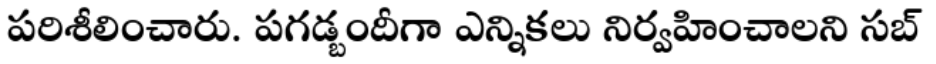
పరిశీలించారు. పగడ్బందీగా ఎన్నికలు నిర్వహించాలని సబ్